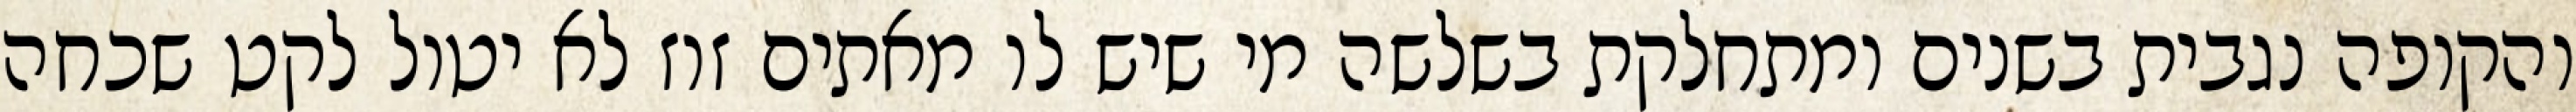
והקופה נגבית בשנים ומתחלקת בשלשה מי שיש לו מאתים זוז לא יטול לקט שכחה